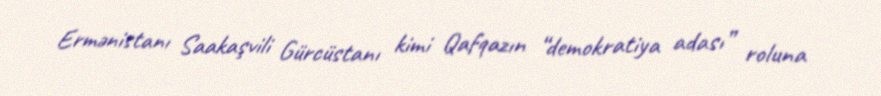
Ermənistanı Saakaşvili Gürcüstanı kimi Qafqazın “demokratiya adası” roluna